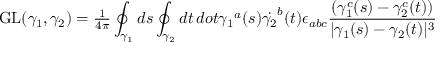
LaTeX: \mathrm { G L } ( \gamma _ { 1 } , \gamma _ { 2 } ) = { \textstyle { \frac { 1 } { 4 \pi } } } \oint _ { \gamma _ { 1 } } d s \oint _ { \gamma _ { 2 } } d t \, d o t { \gamma _ { 1 } } ^ { a } ( s ) \dot { \gamma _ { 2 } } ^ { b } ( t ) \epsilon _ { a b c } { \frac { ( \gamma _ { 1 } ^ { c } ( s ) - \gamma _ { 2 } ^ { c } ( t ) ) } { | \gamma _ { 1 } ( s ) - \gamma _ { 2 } ( t ) | ^ { 3 } } }